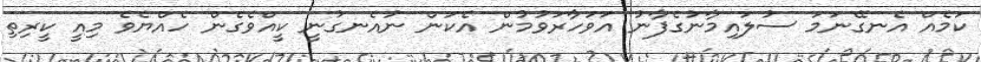
ކަމެއް އެނގޭނަމަ ސުލައިމާނުގެފާނު އަވަހާރަވުމުން އެކަން ނުއެނގުނީ ކީއްވެގެން ހެއްޔެވެ މިއީ ކީރިތި